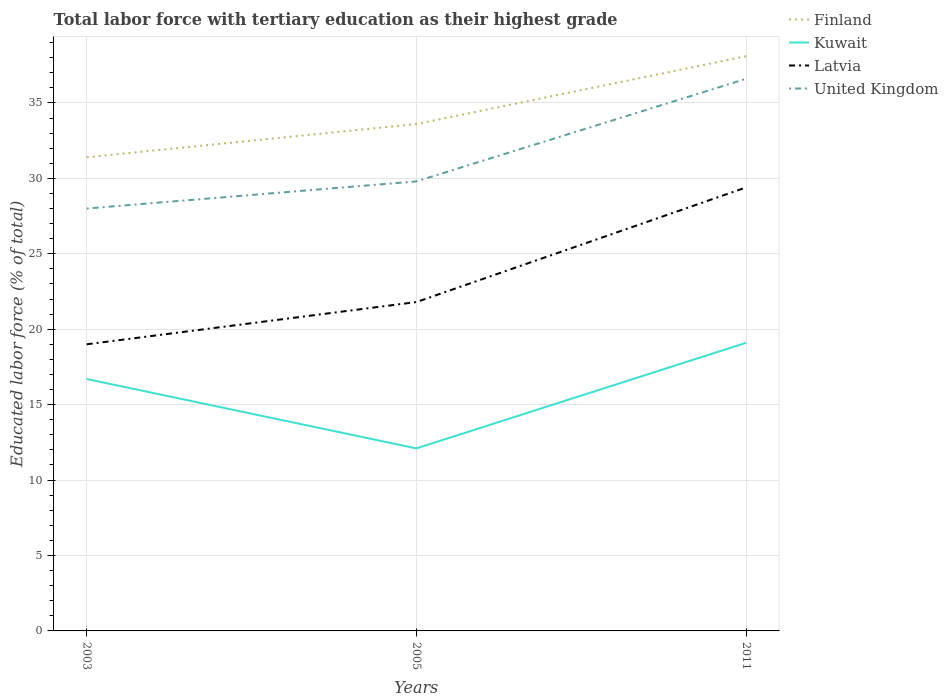
| Years | Finland | Kuwait | Latvia | United Kingdom |
 | --- | --- | --- | --- | --- |
 | 2003 | 31.4 | 16.7 | 19 | 28 |
 | 2005 | 33.6 | 12.1 | 21.8 | 29.8 |
 | 2011 | 38.1 | 19.1 | 29.4 | 36.6 |